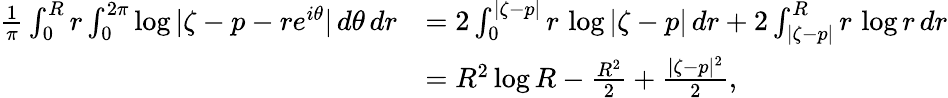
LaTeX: \begin{array}{rl}{\frac{1}{\pi}\int_{0}^{R}r\int_{0}^{2\pi}\log|\zeta-p-re^{i\theta}|\, d\theta\, dr}&{=2\int_{0}^{|\zeta-p|}r\, \log|\zeta-p|\, dr+2\int_{|\zeta-p|}^{R}r\, \log r\, dr}\\ &{=R^{2}\log R-\frac{R^{2}}{2}+\frac{|\zeta-p|^{2}}{2},}\end{array}